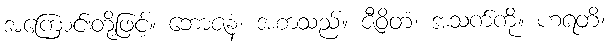
အကြောင်းတို့ဖြင့်။ ဘောဇနံ၊ အစာသည်။ ဇီဝိတံ၊ အသက်ကို။ ဟရတိ၊